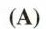
(A)